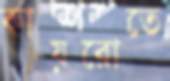
কায়রোতে